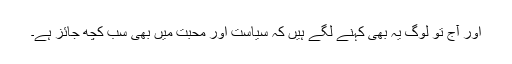
اور آج تو لوگ یہ بھی کہنے لگے ہیں کہ سیاست اور محبت میں بھی سب کچھ جائز ہے۔